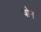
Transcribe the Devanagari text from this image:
षोन